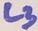
Text: L3